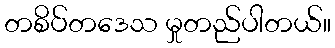
တစိပ်တဒေသ မှုတည်ပါတယ်။